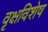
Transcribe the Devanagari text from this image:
वृक्षविशेष